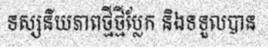
ទស្សនីយភាពថ្មីថ្មីប្លែក និងទទួលបាន